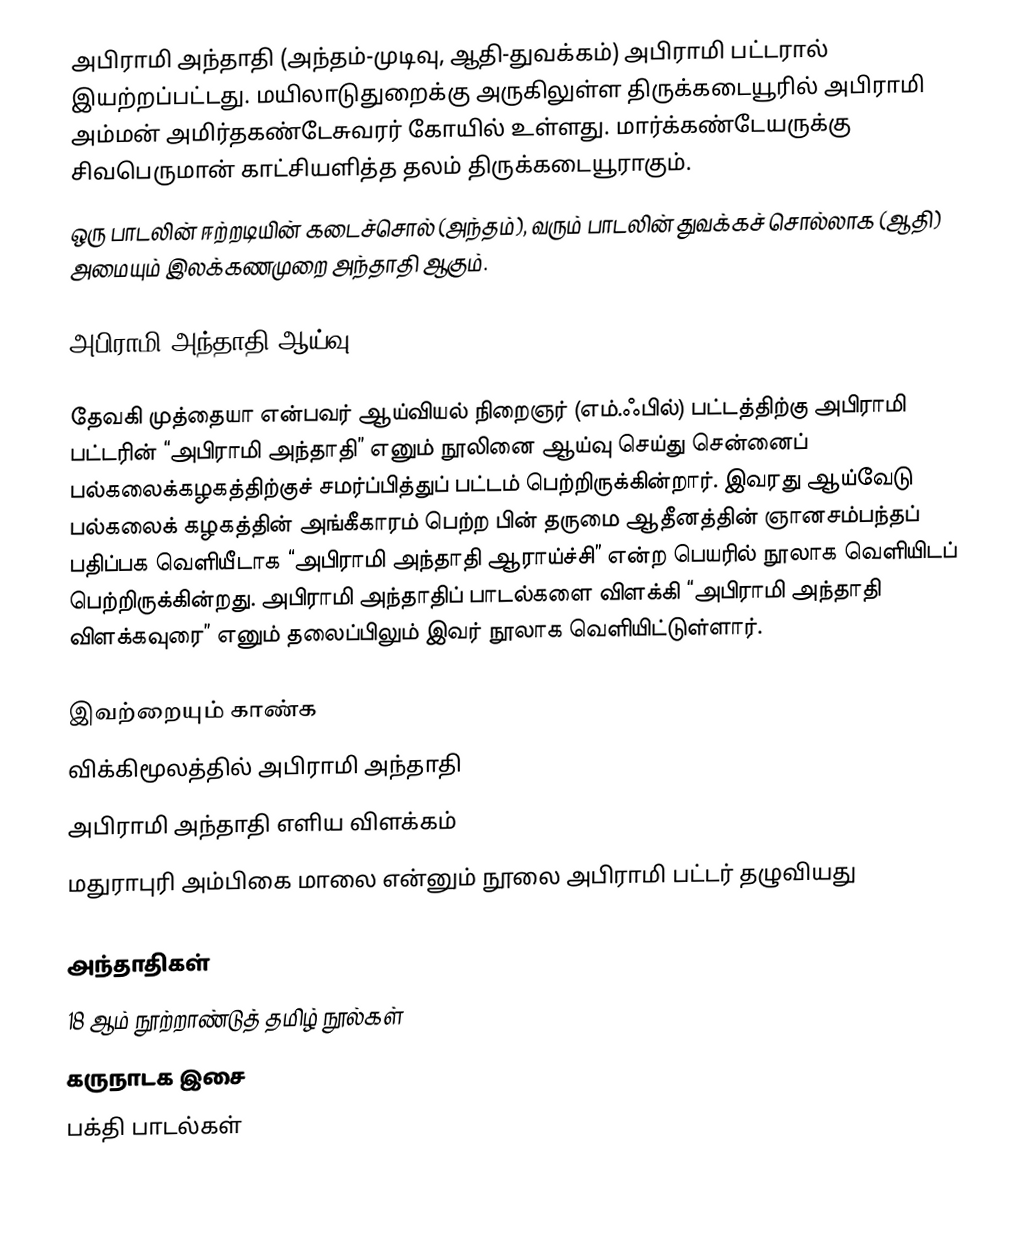
அபிராமி அந்தாதி (அந்தம்-முடிவு, ஆதி-துவக்கம்) அபிராமி பட்டரால் இயற்றப்பட்டது. மயிலாடுதுறைக்கு அருகிலுள்ள திருக்கடையூரில் அபிராமி அம்மன் அமிர்தகண்டேசுவரர் கோயில் உள்ளது. மார்க்கண்டேயருக்கு சிவபெருமான் காட்சியளித்த தலம் திருக்கடையூராகும்.
ஒரு பாடலின் ஈற்றடியின் கடைச்சொல் (அந்தம்), வரும் பாடலின் துவக்கச் சொல்லாக (ஆதி) அமையும் இலக்கணமுறை அந்தாதி ஆகும்.

அபிராமி அந்தாதி ஆய்வு

தேவகி முத்தையா என்பவர் ஆய்வியல் நிறைஞர் (எம்.ஃபில்) பட்டத்திற்கு அபிராமி பட்டரின் “அபிராமி அந்தாதி” எனும் நூலினை ஆய்வு செய்து சென்னைப் பல்கலைக்கழகத்திற்குச் சமர்ப்பித்துப் பட்டம் பெற்றிருக்கின்றார். இவரது ஆய்வேடு பல்கலைக் கழகத்தின் அங்கீகாரம் பெற்ற பின் தருமை ஆதீனத்தின் ஞானசம்பந்தப் பதிப்பக வெளியீடாக “அபிராமி அந்தாதி ஆராய்ச்சி” என்ற பெயரில் நூலாக வெளியிடப் பெற்றிருக்கின்றது. அபிராமி அந்தாதிப் பாடல்களை விளக்கி “அபிராமி அந்தாதி விளக்கவுரை” எனும் தலைப்பிலும் இவர் நூலாக வெளியிட்டுள்ளார்.

இவற்றையும் காண்க
 விக்கிமூலத்தில் அபிராமி அந்தாதி
  அபிராமி அந்தாதி எளிய விளக்கம்
  மதுராபுரி அம்பிகை மாலை என்னும் நூலை அபிராமி பட்டர் தழுவியது

அந்தாதிகள்
18 ஆம் நூற்றாண்டுத் தமிழ் நூல்கள்
கருநாடக இசை
 பக்தி பாடல்கள்